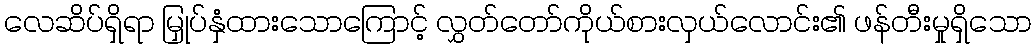
လေဆိပ်ရှိရာ မြှုပ်နှံထားသောကြောင့် လွှတ်တော်ကိုယ်စားလှယ်လောင်း၏ ဖန်တီးမှုရှိသော